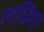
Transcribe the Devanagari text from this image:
लधिमा